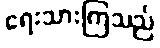
ရေးသားကြသည်